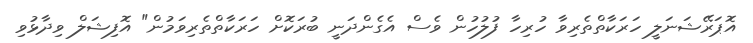
އޮޕަރޭޝަނަލީ ހަރަކާތްތެރިވާ ހުރިހާ ފުލުހުން ވެސް އެގެންދަނީ ބުރަކޮށް ހަރަކާތްތެރިވަމުން" އޮފިޝަލް ވިދާޅުވި